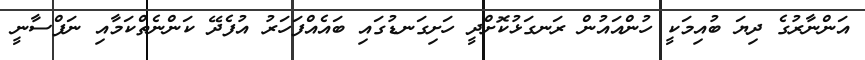
އަންނާރުގެ ދިޔަ ބުއިމަކީ ހުންއައުން ރަނގަޅުކޮށްދީ ހަށިގަނޑުގައި ބައެއްފަހަރު އުފެދޭ ކަންނެތްކަމާއި ނަފްސާނީ